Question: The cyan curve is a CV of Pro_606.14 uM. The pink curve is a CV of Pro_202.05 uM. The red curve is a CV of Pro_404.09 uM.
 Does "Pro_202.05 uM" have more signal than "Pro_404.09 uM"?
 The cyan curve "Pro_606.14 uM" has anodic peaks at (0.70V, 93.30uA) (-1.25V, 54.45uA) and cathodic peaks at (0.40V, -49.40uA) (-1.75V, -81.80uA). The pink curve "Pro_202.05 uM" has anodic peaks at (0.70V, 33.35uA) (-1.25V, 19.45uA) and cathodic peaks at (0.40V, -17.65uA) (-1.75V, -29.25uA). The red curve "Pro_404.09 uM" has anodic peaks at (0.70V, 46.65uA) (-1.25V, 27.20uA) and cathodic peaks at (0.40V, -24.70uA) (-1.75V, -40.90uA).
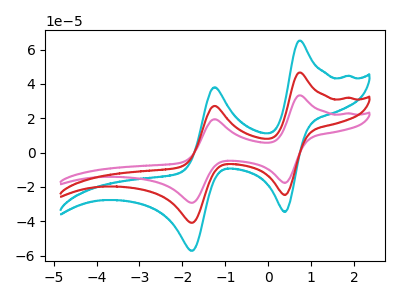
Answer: <think>All the peaks in "Pro_202.05 uM" have a peak in "Pro_404.09 uM" at the same potential. Every peak in "Pro_202.05 uM" is lower than every peak in "Pro_404.09 uM".
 </think>
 <answer>"Pro_202.05 uM" has less signal than "Pro_404.09 uM".</answer>
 <eval>less_signal</eval>